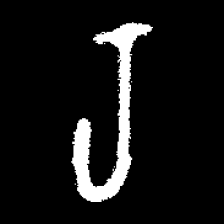
Pyu character \u2014 Myanmar letter: ရ (romanized: ra)